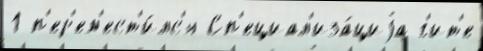
1 п'ер'ем'ест'и́лс'я Сп'ециал'иза́циjа г'ит'е